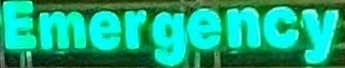
Emergency